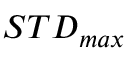
S T D _ { m a x }